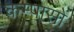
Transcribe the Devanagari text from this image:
कम्पासों